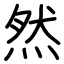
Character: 然